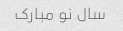
سال نو مبارک